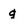
Character: g